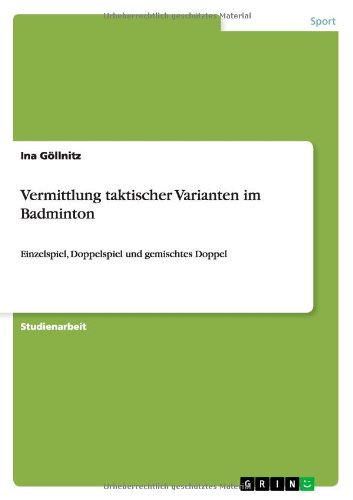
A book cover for Vermittlung Taktischer Varianten Im Badminton (German Edition); Ina Gollnitz; Sports & Outdoors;